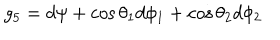
g _ { 5 } = d \psi + \cos \theta _ { 1 } d \phi _ { 1 } + \cos \theta _ { 2 } d \phi _ { 2 }